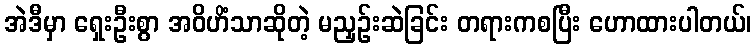
အဲဒီမှာ ရှေးဦးစွာ အဝိဟိံသာဆိုတဲ့ မညှဉ်းဆဲခြင်း တရားကစပြီး ဟောထားပါတယ်၊